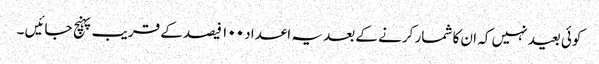
کوئی بعید نہیں کہ ان کا شمار کرنے کے بعد یہ اعداد ۱۰۰ فیصد کے قریب پہنچ جائیں ۔